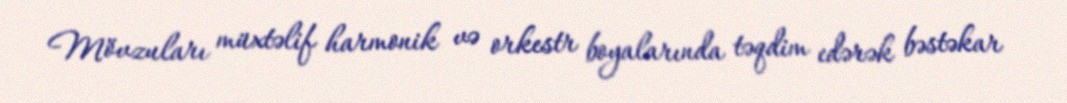
Mövzuları müxtəlif harmonik və orkestr boyalarında təqdim edərək bəstəkar